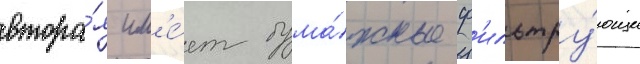
втора́я им'е́ет бума́жные ф'ильтру́ющие